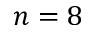
n = 8